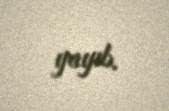
yayıb.